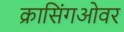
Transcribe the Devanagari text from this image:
क्रासिंगओवर